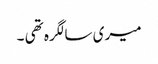
میری سالگرہ تھی ۔